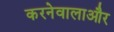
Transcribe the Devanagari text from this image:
करनेवालाऔर